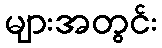
များအတွင်း